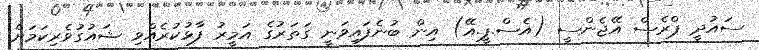
ސައުދީ ޕްރެސް އޭޖެންސީ (އެސް.ޕީ.އޭ) އިން ބުނެފައިވަނީ ގަތަރުގެ އަމީރު ފާޅުކުރެއްވި ޝައުގުވެރިކަމަށް